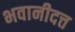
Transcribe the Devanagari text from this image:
भवानीदत्त